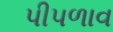
પીપળાવ